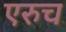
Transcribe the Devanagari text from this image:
एरुच